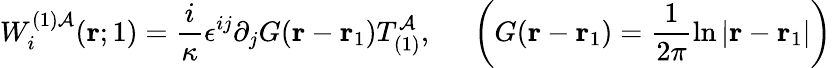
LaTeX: W_{i}^{(1)\mathcal{A}}({\mathbf{r}};1)=\frac{{i}}{{\kappa}}\epsilon^{ij}\partial_{j}G({\mathbf{r}}-{\mathbf{r}}_{1})T_{(1)}^{\mathcal{A}},~~~~~\left(G({\mathbf{r}}-{\mathbf{r}}_{1})=\frac{{1}}{{2\pi}}\ln|{\mathbf{r}}-{\mathbf{r}}_{1}|\right)